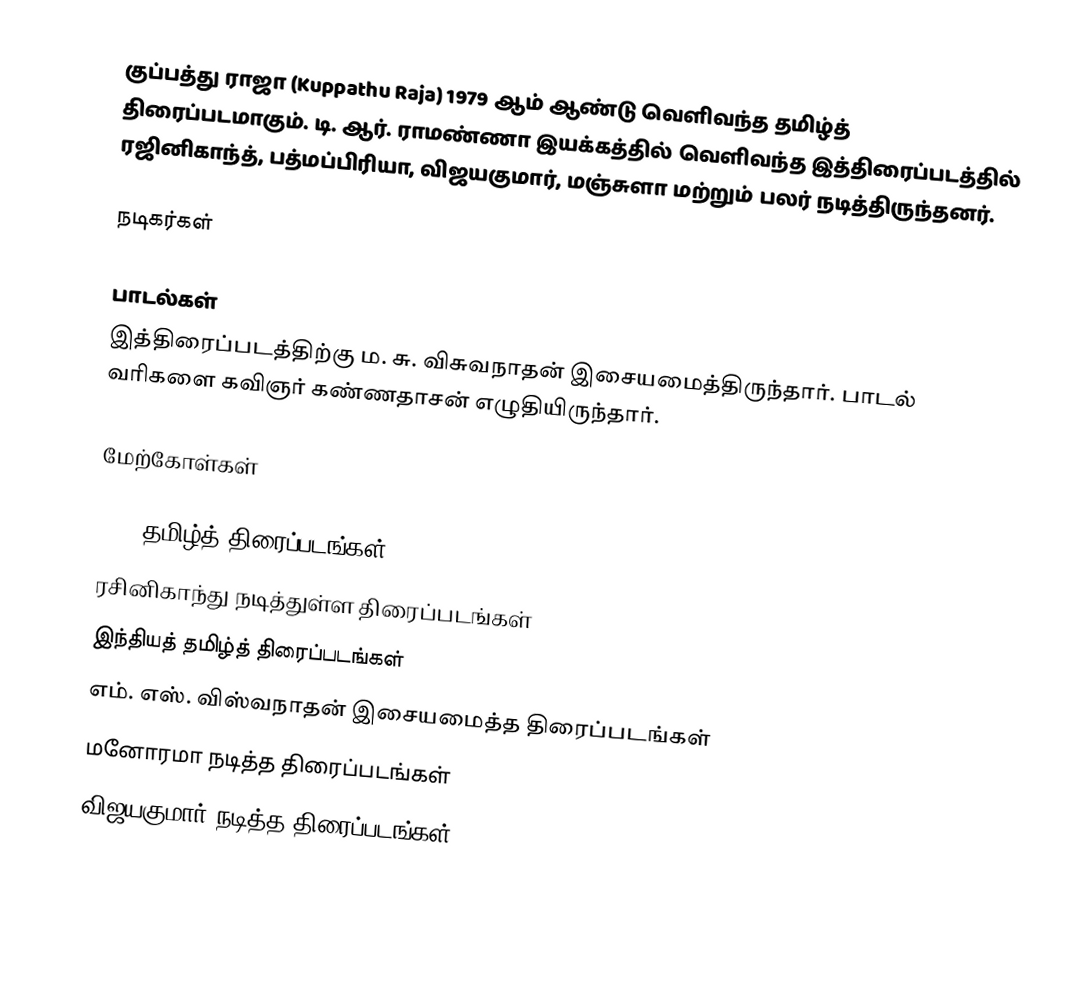
குப்பத்து ராஜா (Kuppathu Raja) 1979 ஆம் ஆண்டு வெளிவந்த தமிழ்த் திரைப்படமாகும். டி. ஆர். ராமண்ணா இயக்கத்தில் வெளிவந்த இத்திரைப்படத்தில் ரஜினிகாந்த், பத்மப்பிரியா, விஜயகுமார், மஞ்சுளா மற்றும் பலர் நடித்திருந்தனர்.

நடிகர்கள்

பாடல்கள்
இத்திரைப்படத்திற்கு ம. சு. விசுவநாதன் இசையமைத்திருந்தார். பாடல் வரிகளை கவிஞர் கண்ணதாசன் எழுதியிருந்தார்.

மேற்கோள்கள்

1979 தமிழ்த் திரைப்படங்கள்
ரசினிகாந்து நடித்துள்ள திரைப்படங்கள்
இந்தியத் தமிழ்த் திரைப்படங்கள்
எம். எஸ். விஸ்வநாதன் இசையமைத்த திரைப்படங்கள்
மனோரமா நடித்த திரைப்படங்கள்
விஜயகுமார் நடித்த திரைப்படங்கள்